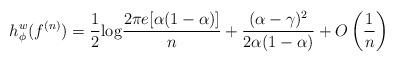
LaTeX: \begin{align*} h_{\phi}^w(f^{(n)}) = \frac{1}{2} {\rm log}\frac{2 \pi e [\alpha (1-\alpha)]}{n} + \frac{(\alpha-\gamma)^2}{2\alpha (1-\alpha)} + O\left(\frac{1}{n} \right) \end{align*}